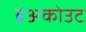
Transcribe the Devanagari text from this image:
ब्रेअकोउट